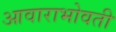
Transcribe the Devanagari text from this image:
आवाराभोवती